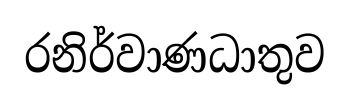
රනිර්වාණධාතුව